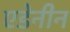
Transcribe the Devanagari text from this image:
एडेनीन